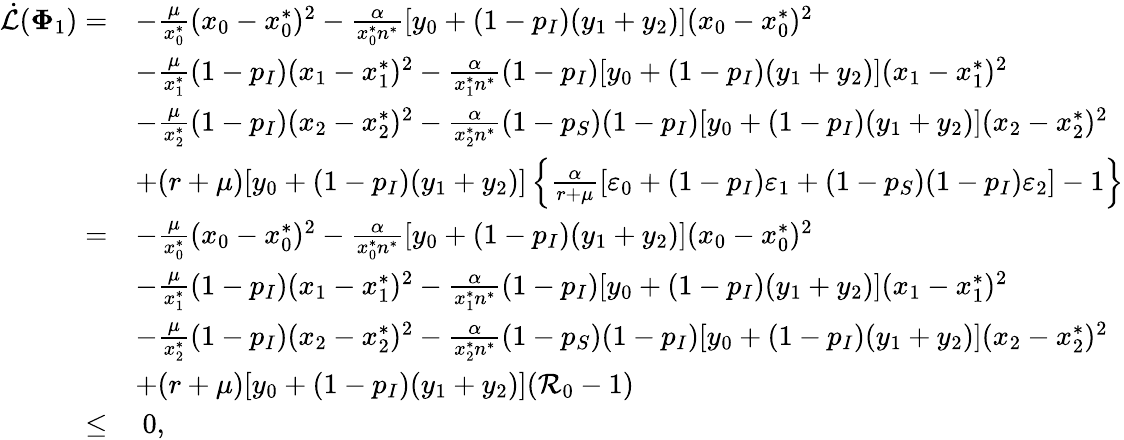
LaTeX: \begin{array}{rl}{\dot{\mathcal{L}}(\mathbf{\Phi}_{1})=}&{-\frac{\mu}{x_{0}^{*}}(x_{0}-x_{0}^{*})^{2}-\frac{\alpha}{x_{0}^{*}n^{*}}[y_{0}+(1-p_{I})(y_{1}+y_{2})](x_{0}-x_{0}^{*})^{2}}\\ &{-\frac{\mu}{x_{1}^{*}}(1-p_{I})(x_{1}-x_{1}^{*})^{2}-\frac{\alpha}{x_{1}^{*}n^{*}}(1-p_{I})[y_{0}+(1-p_{I})(y_{1}+y_{2})](x_{1}-x_{1}^{*})^{2}}\\ &{-\frac{\mu}{x_{2}^{*}}(1-p_{I})(x_{2}-x_{2}^{*})^{2}-\frac{\alpha}{x_{2}^{*}n^{*}}(1-p_{S})(1-p_{I})[y_{0}+(1-p_{I})(y_{1}+y_{2})](x_{2}-x_{2}^{*})^{2}}\\ &{+(r+\mu)[y_{0}+(1-p_{I})(y_{1}+y_{2})]\left\{ \frac{\alpha}{r+\mu}[\varepsilon_{0}+(1-p_{I})\varepsilon_{1}+(1-p_{S})(1-p_{I})\varepsilon_{2}]-1\right\} }\\ {=}&{-\frac{\mu}{x_{0}^{*}}(x_{0}-x_{0}^{*})^{2}-\frac{\alpha}{x_{0}^{*}n^{*}}[y_{0}+(1-p_{I})(y_{1}+y_{2})](x_{0}-x_{0}^{*})^{2}}\\ &{-\frac{\mu}{x_{1}^{*}}(1-p_{I})(x_{1}-x_{1}^{*})^{2}-\frac{\alpha}{x_{1}^{*}n^{*}}(1-p_{I})[y_{0}+(1-p_{I})(y_{1}+y_{2})](x_{1}-x_{1}^{*})^{2}}\\ &{-\frac{\mu}{x_{2}^{*}}(1-p_{I})(x_{2}-x_{2}^{*})^{2}-\frac{\alpha}{x_{2}^{*}n^{*}}(1-p_{S})(1-p_{I})[y_{0}+(1-p_{I})(y_{1}+y_{2})](x_{2}-x_{2}^{*})^{2}}\\ &{+(r+\mu)[y_{0}+(1-p_{I})(y_{1}+y_{2})](\mathcal{R}_{0}-1)}\\ {\leq}&{~0,}\end{array}